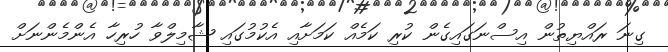
ގިނަ ރައްޔިތުން އިސްނަގައިގެން ކުރި ކަމެއް ކަމަށާއި އެކުމުގައި ޝާމިލްވާ ހުރިހާ އެންމެންނަށް